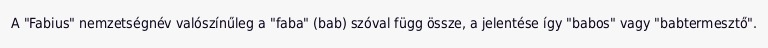
A "Fabius" nemzetségnév valószínűleg a "faba" (bab) szóval függ össze, a jelentése így "babos" vagy "babtermesztő".